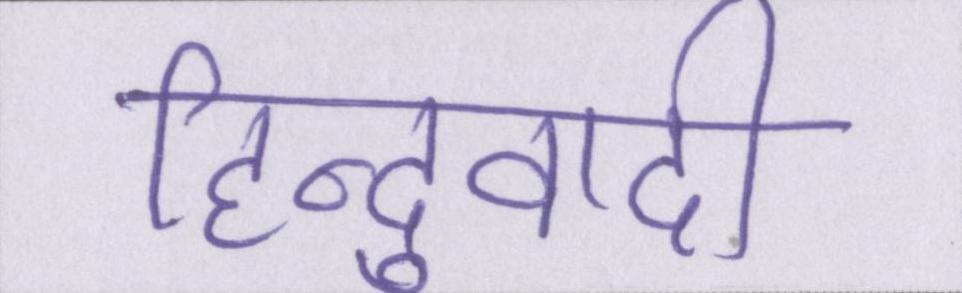
हिन्दुवादी